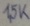
Text: 1,5K